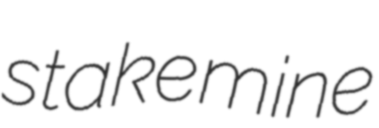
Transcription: stake mine